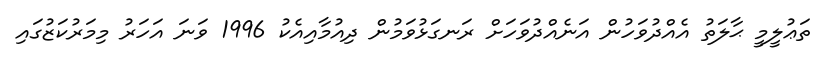
ތަޢުލީމީ ޙާލަތު އެއްދުވަހުން އަނެއްދުވަހަށް ރަނގަޅުވަމުން ދިއުމާއިއެކު 1996 ވަނަ އަހަރު މިމަރުކަޒުގައި